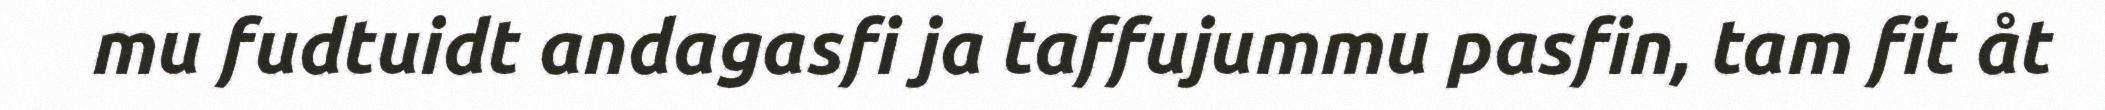
mu fudtuidt andagasfi ja taffujummu pasfin, tam fit åt